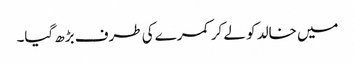
میں خالد کو لے کر کمرے کی طرف بڑھ گیا۔